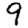
Digit: 9